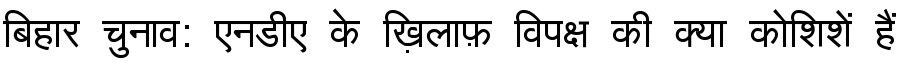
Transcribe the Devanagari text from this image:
बिहार चुनाव: एनडीए के ख़िलाफ़ विपक्ष की क्या कोशिशें हैं